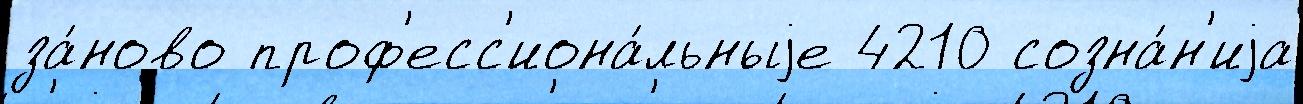
за́ново проф'есс'иона́льныjе 4210 созна́н'иjа